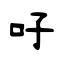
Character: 吇